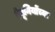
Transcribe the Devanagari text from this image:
रेयूनियोंच्या